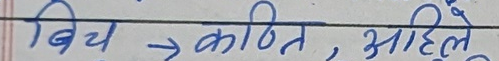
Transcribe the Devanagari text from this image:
बिच → कथित, आहिले